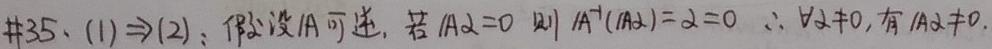
\#35、(1) $\Rightarrow$ (2)：假设$|A|$可逆，若$|A|\lambda = 0$则$|A|^{-1}(|A|\lambda)=\lambda = 0$ $\therefore \forall\lambda\neq0$，有$|A|\lambda\neq0$.